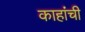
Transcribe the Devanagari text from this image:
काहांची